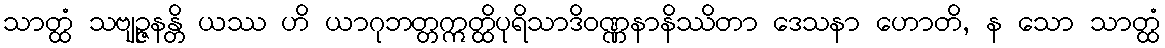
သာတ္ထံ သဗျဉ္ဇနန္တိ ယဿ ဟိ ယာဂုဘတ္တဣတ္ထိပုရိသာဒိဝဏ္ဏနာနိဿိတာ ဒေသနာ ဟောတိ, န သော သာတ္ထံ